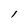
Character: l